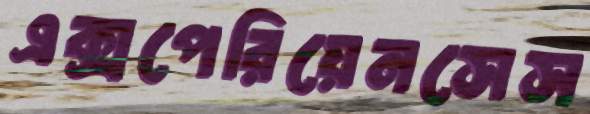
এক্সপেরিয়েনসেস